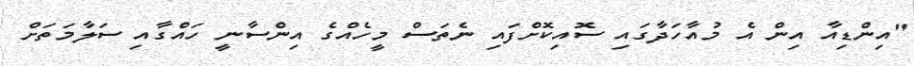
"އިންޑިއާ އިން އެ މުއާހަދާގައި ސޮއިކޮށްފައި ނެތަސް މީހެއްގެ އިންސާނީ ހައްގާއި ސަލާމަތަށް